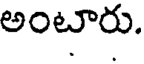
అంటారు.